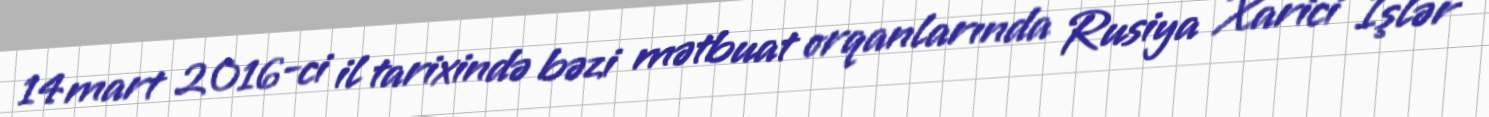
14 mart 2016-ci il tarixində bəzi mətbuat orqanlarında Rusiya Xarici İşlər